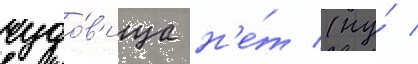
чудо́в'ища н'е́т (ну́ /